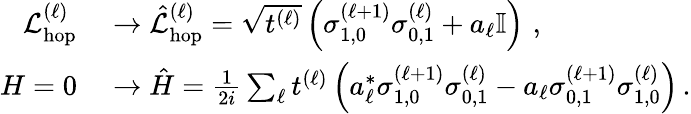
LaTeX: \begin{array}{rl}{\mathcal{L}_{\mathrm{hop}}^{(\ell)}}&{{}\rightarrow\hat{\mathcal{L}}_{\mathrm{hop}}^{(\ell)}=\sqrt{t^{(\ell)}}\left(\sigma_{1,0}^{(\ell+1)}\sigma_{0,1}^{(\ell)}+a_{\ell}\mathbb{I}\right)\, \, ,}\\ {H=0}&{{}\rightarrow\hat{H}=\frac{1}{2i}\sum_{\ell}t^{(\ell)}\left(a_{\ell}^{*}\sigma_{1,0}^{(\ell+1)}\sigma_{0,1}^{(\ell)}-a_{\ell}\sigma_{0,1}^{(\ell+1)}\sigma_{1,0}^{(\ell)}\right)\, .}\end{array}